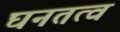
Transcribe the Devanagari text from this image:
घनतत्व